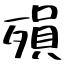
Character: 殞